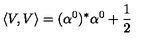
\left\langle V , V \right\rangle = ( \alpha ^ { 0 } ) ^ { * } \alpha ^ { 0 } + \frac { 1 } { 2 }